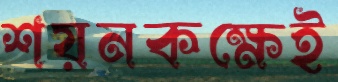
শয়নকক্ষেই